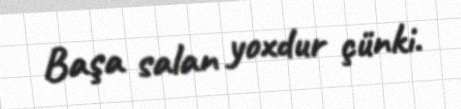
Başa salan yoxdur çünki.